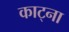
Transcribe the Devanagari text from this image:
काट्ना